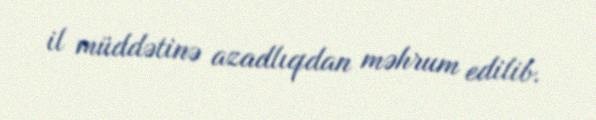
il müddətinə azadlıqdan məhrum edilib.